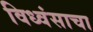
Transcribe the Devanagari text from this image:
विध्वंसाचा